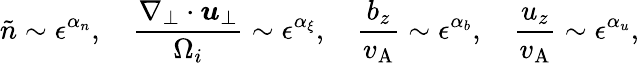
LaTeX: \tilde{n}\sim\epsilon^{\alpha_{n}},\quad\frac{\nabla_{\perp}\cdot\boldsymbol{u}_{\perp}}{\Omega_{i}}\sim\epsilon^{\alpha_{\xi}},\quad\frac{b_{z}}{v_{\mathrm{A}}}\sim\epsilon^{\alpha_{b}},\quad\frac{u_{z}}{v_{\mathrm{A}}}\sim\epsilon^{\alpha_{u}},